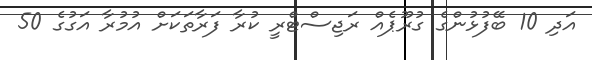
އަދި 10 ބޭފުޅުންގެ ގުރޫޕެއް ރަޖިސްޓްރީ ކުރާ ފަރާތަކަށް އުމުރާ އަގުގެ 50